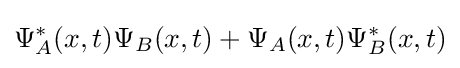
\Psi _{A}^{*}(x,t)\Psi _{B}(x,t)+\Psi _{A}(x,t)\Psi _{B}^{*}(x,t)